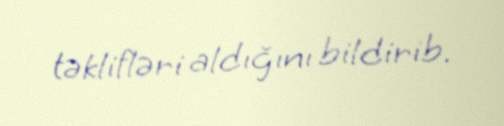
təklifləri aldığını bildirib.